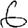
Digit: 6